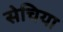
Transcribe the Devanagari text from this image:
सेचिया